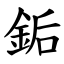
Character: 銗